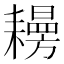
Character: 𦔨